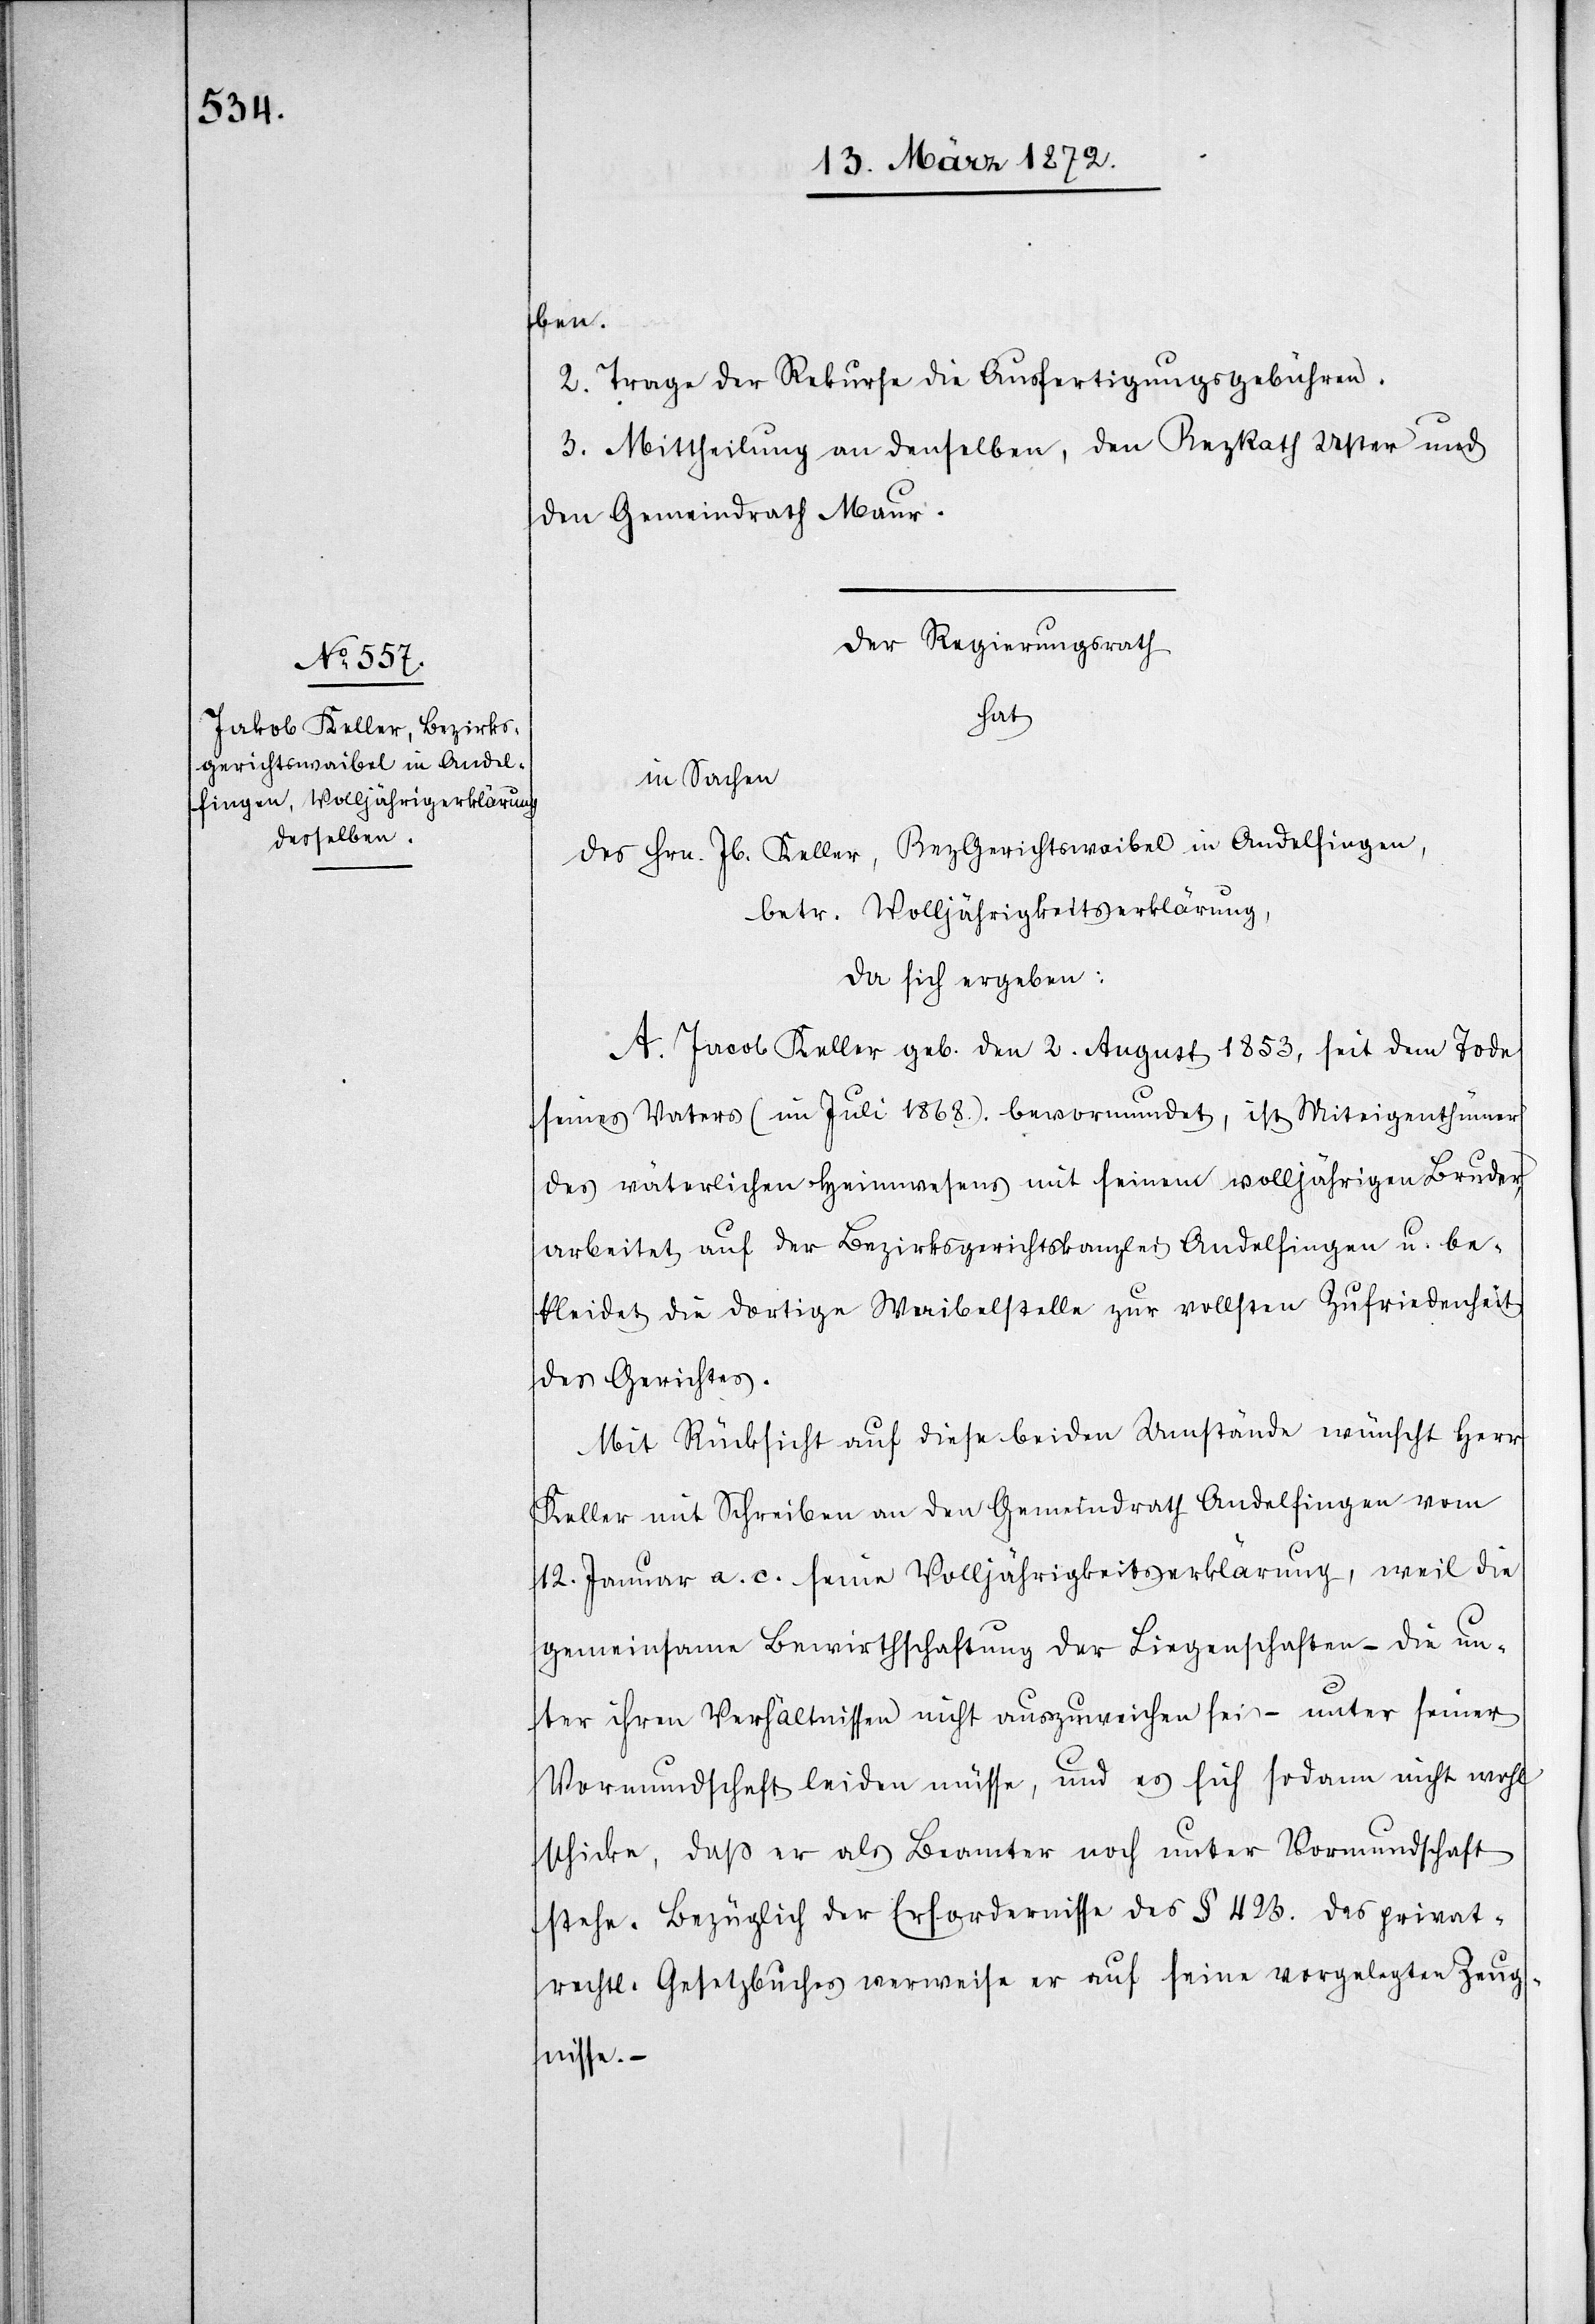
ben.
2. Trage der Rekurse die Ausfertigungsgebühren.
3. Mittheilung an denselben, den BezRath Uster und
den Gemeindrath Maur.
Der Regierungsrath
hat
in Sachen
des Hrn. Jb. Keller, BezGerichtswaibel in Andelfingen,
betr. Volljährigkeitserklärung,
da sich ergeben:
A. Jacob Keller geb. den 2. August 1853, seit dem Tode
seines Vaters (im Juli 1868). bevormundet, ist Miteigenthümer
des väterlichen Heimwesens mit seinem volljährigen Bruder,
arbeitet auf der Bezirksgerichtskanzlei Andelfingen u. be¬
kleidet die dortige Waibelstelle zur vollsten Zufriedenheit
des Gerichtes.
Mit Rücksicht auf diese beiden Umstände wünscht Herr
Keller mit Schreiben an den Gemeindrath Andelfingen vom
12. Januar a. c. seine Volljährigkeitserklärung, weil die
gemeinsame Bewirthschaftung der Liegenschaften – die un¬
ter ihren Verhältnissen nicht auszuweichen sei – unter seiner
Vormundschaft leiden müsse, und es sich sodann nicht wohl
schicke, daß er als Beamter noch unter Vormundschaft
stehe. Bezüglich der Erfordernisse des § 423. des privat¬
rechtl. Gesetzbuches verweise er auf seine vorgelegten Zeug¬
nisse. –